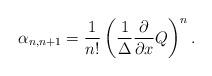
LaTeX: \begin{align*}\alpha_{n,n+1}=\frac1{n!}\left(\frac1\Delta{\partial \over\partial x}Q\right)^{n}.\end{align*}